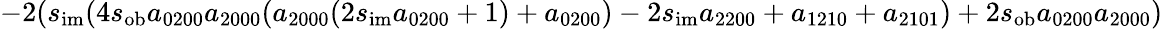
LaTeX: -2(s_{\mathrm{im}}(4s_{\mathrm{ob}}a_{0200}a_{2000}(a_{2000}(2s_{\mathrm{im}}a_{0200}+1)+a_{0200})-2s_{\mathrm{im}}a_{2200}+a_{1210}+a_{2101})+2s_{\mathrm{ob}}a_{0200}a_{2000})